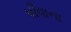
પીવાના